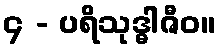
၄ - ပရိသုဒ္ဓါဇီဝ။